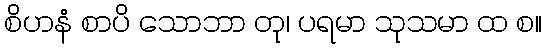
စိဟနံ စာပိ သောဘာ တု၊ ပရမာ သုသမာ ထ စ။